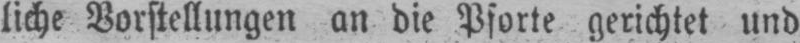
liche Vorstellungen an die Pforte gerichtet und